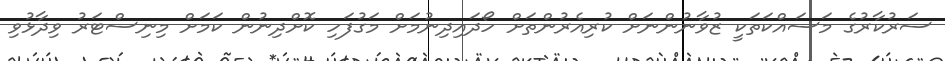
ސަރުކާރުގެ މަސައްކަތަކީ ޒުވާނުންނަށް ކުރިއެރުންތަށް ހޯދައިދިނުމަށް މަގުފަހި ކޮށްދިނުން ކަމަށް މިނިސްޓަރު ވިދާޅުވި